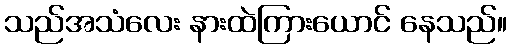
သည်အသံလေး နားထဲကြားယောင် နေသည်။